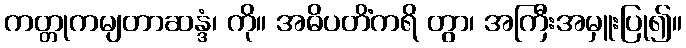
ကတ္တုကမျတာဆန္ဒံ၊ ကို။ အဓိပတိံကရိ တွာ၊ အကြီးအမှူးပြု၍။